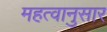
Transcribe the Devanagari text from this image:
महत्वानुसार